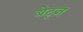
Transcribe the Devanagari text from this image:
बेट्ज़